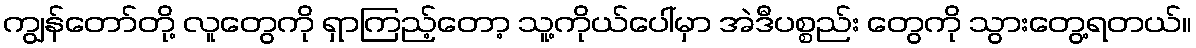
ကျွန်တော်တို့ လူတွေကို ရှာကြည့်တော့ သူ့ကိုယ်ပေါ်မှာ အဲဒီပစ္စည်း တွေကို သွားတွေ့ရတယ်။